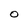
Character: 0